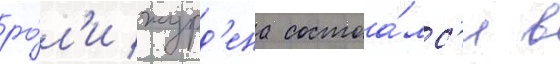
ро́л'и журд'ена состоа́лс'я в